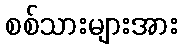
စစ်သားများအား